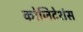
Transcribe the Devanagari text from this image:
कोजिटेशंस